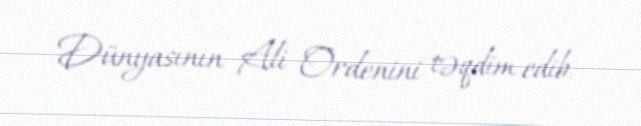
Dünyasının Ali Ordenini təqdim edib.